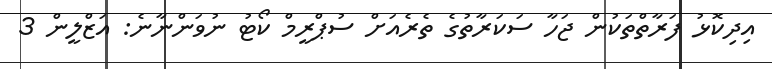
އިދިކޮޅު ފަރާތްތަކުން ޖަހާ ސަކަރާތުގެ ތެރެއަށް ސުޕްރީމް ކޯޓު ނުވަންނާނެ: އަޒްލީން 3